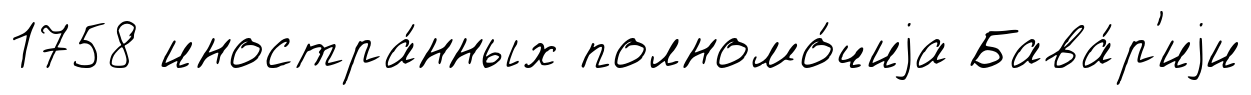
1758 иностра́нных полномо́чиjа Бава́р'иjи